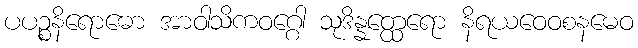
ပပဉ္စနိရောဓော အာဝါသိကဝဂ္ဂေါ သုဒိန္နတ္ထေရော နိရယဝေဝစနမေဝ